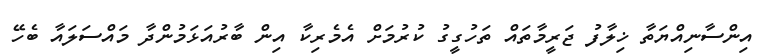
އިންސާނިއްޔަތާ ޚިލާފު ޖަރީމާތައް ތަހުގީގު ކުރުމަށް އެމެރިކާ އިން ބާރުއަޅަމުންދާ މައްސަލައާ ބެހޭ